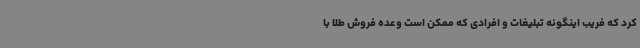
کرد که فریب اینگونه تبلیغات و افرادی که ممکن است وعده فروش طلا با